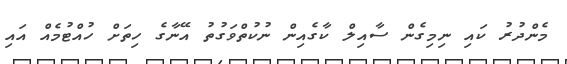
މެންދުރު ކައި ނިމިގެން ސާއިލް ކާގެއިން ނުކުތްވަގުތު އޭނާގެ ހިތަށް ހުއްޓުމެއް އައި